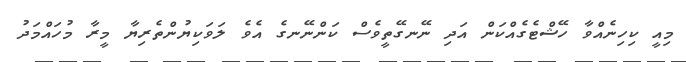
މިއީ ކިހިނެއްވާ ހޭޝްޓެގެއްކަން އަދި ނޭނގޭތީވެސް ކަންނޭނގެ އެވެ ލަވަކިޔުންތެރިޔާ މީރާ މުހައްމަދު